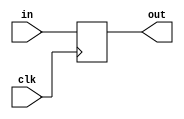
module Dff #(parameter WIDTH=1)
(
    input  wire clk,
    output reg  [WIDTH-1:0] out,
    input  wire [WIDTH-1:0] in
);

    always @(posedge clk)
    begin
        out[WIDTH-1:0] <= in[WIDTH-1:0];
    end

`ifdef DFF_RANDOMIZE_INITIAL_VALUE
    initial begin
        out = $urandom_range(2**WIDTH - 1, 0);
    end
`endif

endmodule